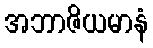
အဘာဇိယမာနံ